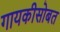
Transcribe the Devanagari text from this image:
गायकीसोबत